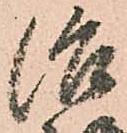
治